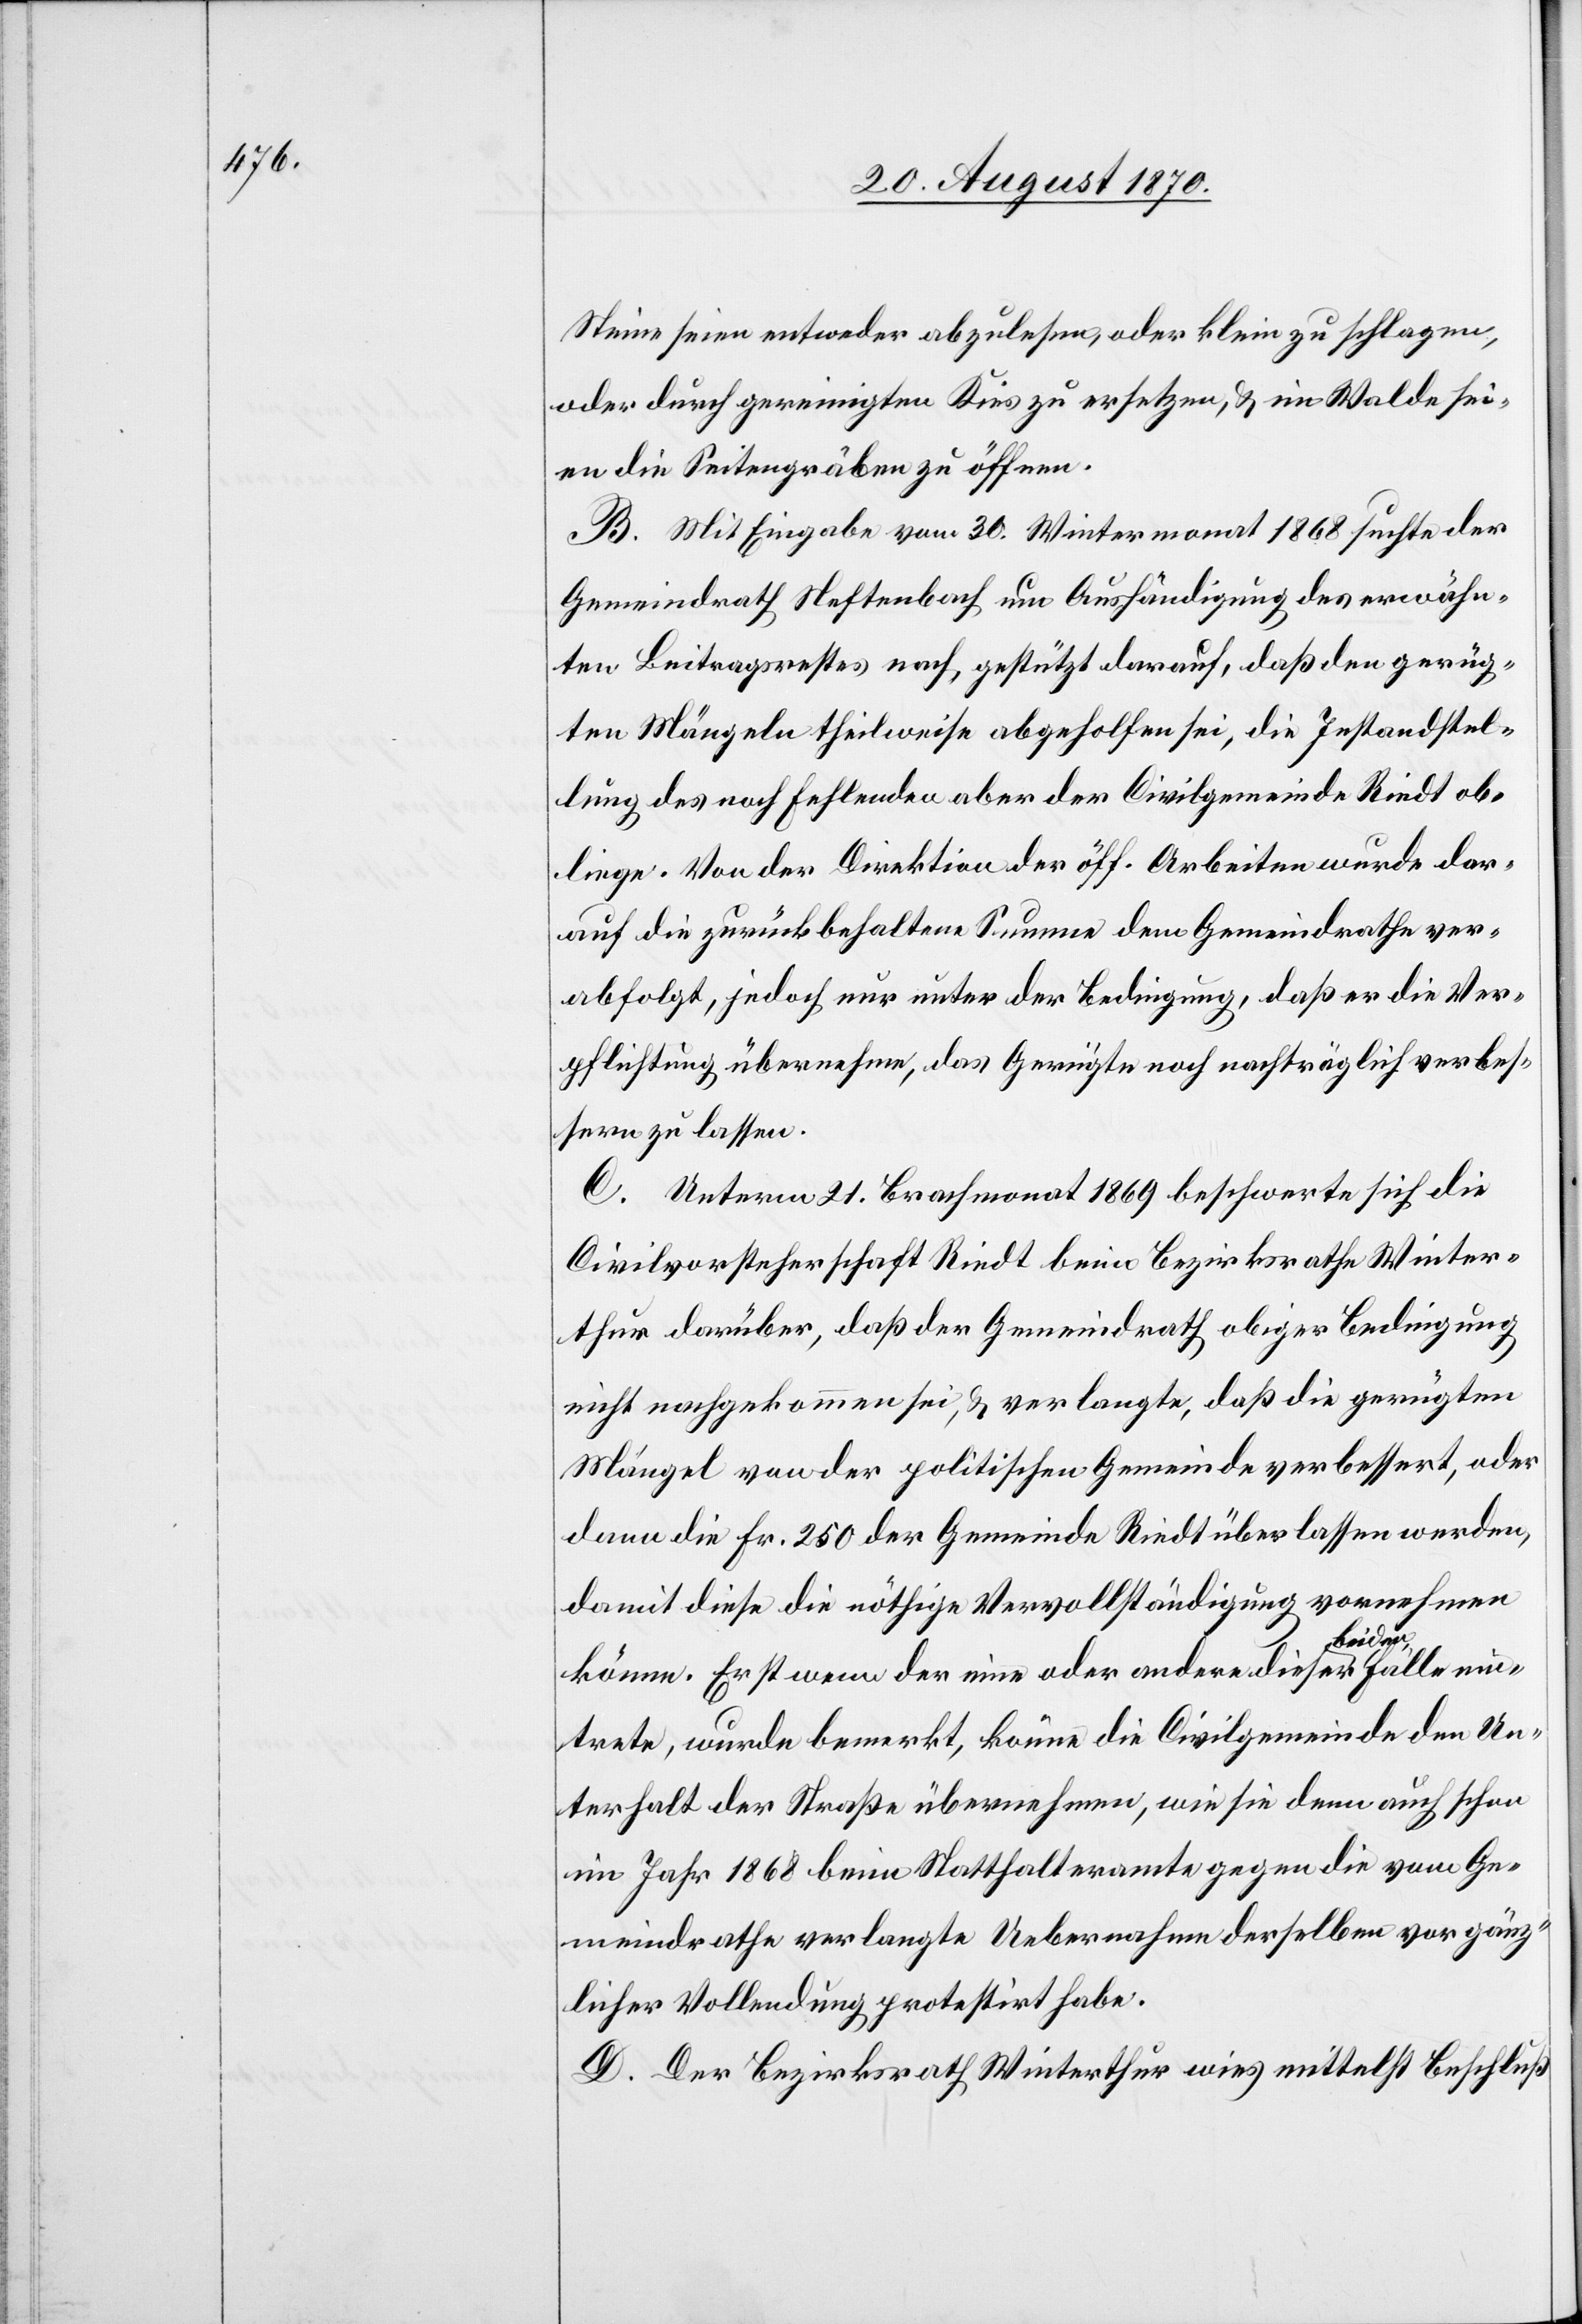
Steine seien entweder abzulesen, oder klein zu schlagen,
oder durch gereinigten Kies zu ersetzen, & im Walde sei¬
en die Seitengräben zu öffnen.
B. Mit Eingabe vom 30. Wintermonat 1868 suchte der
Gemeindrath Neftenbach um Aushändigung des erwähn¬
ten Beitragsrestes nach, gestützt darauf, daß den gerüg¬
ten Mängel theilweise abgeholfen sei, die Instandstel¬
lung des noch fehlenden aber der Civilgemeinde Riedt ob¬
liege. Von der Direktion der öff. Arbeiten wurde dar¬
auf die zurückbehaltene Summe dem Gemeindrath ver¬
abfolgt, jedoch nur unter der Bedingung, daß er die Ver¬
pflichtung übernehme, das Gerügte noch nachträglich verbes¬
sern zu lassen.
C. Unterm 11. Brachmonat 1869 beschwerte sich die
Civilvorsteherschaft Riedt beim Bezirksrathe Winter¬
thur darüber, daß der Gemeindrath obiger Bedingung
nicht nachgekommen sei, & verlangte, daß die gerügten
Mängel von der politischen Gemeinde verbessert, oder
dann die Fr. 250 der Gemeinde Riedt überlassen werden,
damit diese die nöthige Vervollständigung vornehmen
Fälle ein¬
könne. Erst wenn der eine oder andere dieser beiden
trete, wurde bemerkt, könne die Civilgemeinde den Un¬
terhalt der Straße übernehmen, wie sie denn auch schon
im Jahr 1868 beim Statthalteramte gegen die vom Ge¬
meindrathe verlangte Uebernahme derselben vor gänz¬
licher Vollendung protestirt habe.
D. Der Bezirksrath Winterthur wies mittelst Beschluß